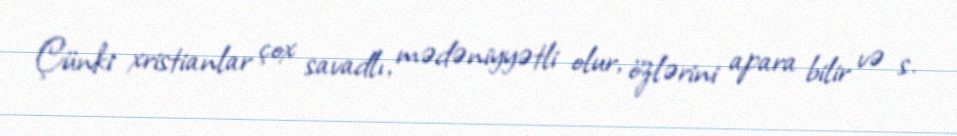
Çünki xristianlar çox savadlı, mədəniyyətli olur, özlərini apara bilir və s.